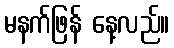
မနက်ဖြန် နေ့လည်။